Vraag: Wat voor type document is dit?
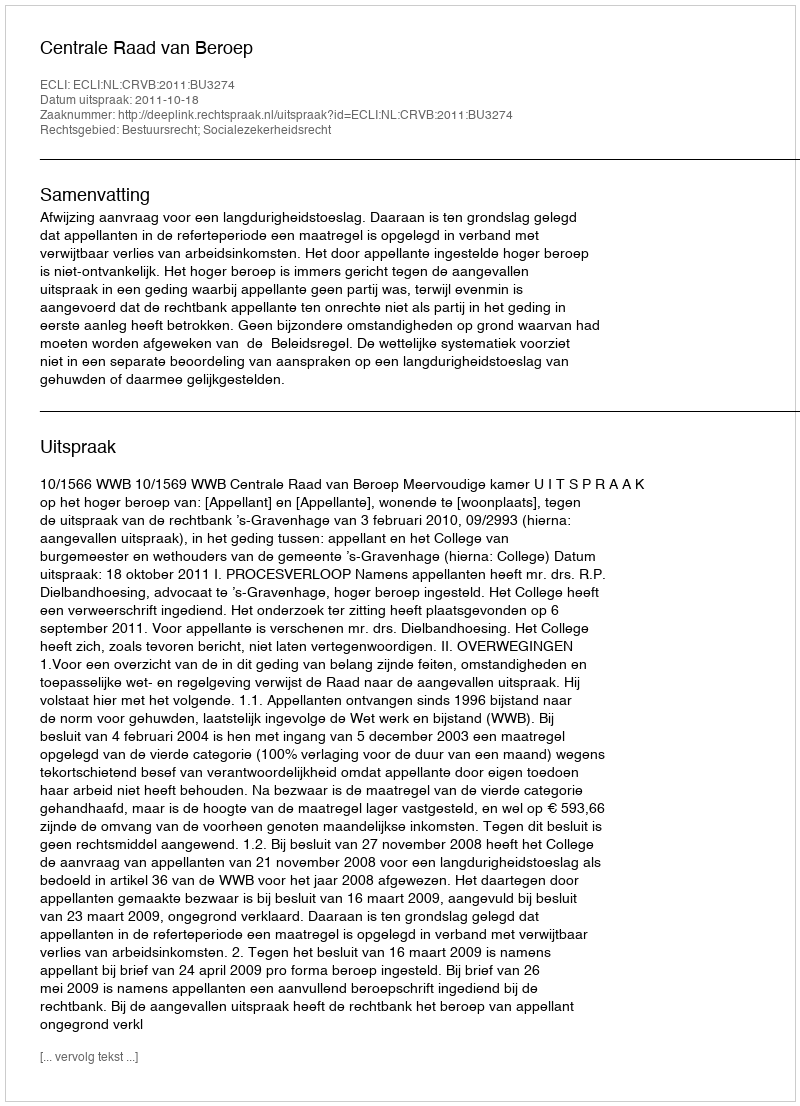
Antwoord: Uitspraak